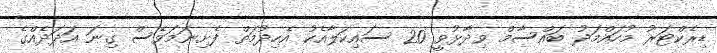
ޑިރެކްޓަރު މުހައްމަދު ބައްސާމް ވިދާޅުވީ 20 ސައިކަލާއެކު އެހިދުމަތް ފެށިނަމަވެސް ގިނަ އަދަދެއްގެ